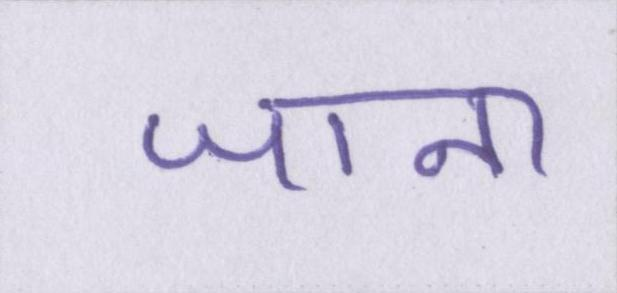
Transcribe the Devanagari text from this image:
जाना